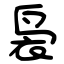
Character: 袅